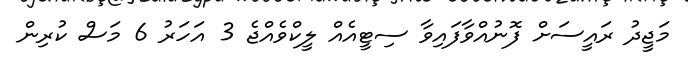
މަޖީދު ރައީސަށް ފޮނުއްވާފައިވާ ސިޓީއެއް ލީކްވެއްޖެ 3 އަހަރު 6 މަސް ކުރިން